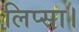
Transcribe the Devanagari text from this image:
लिप्सा।